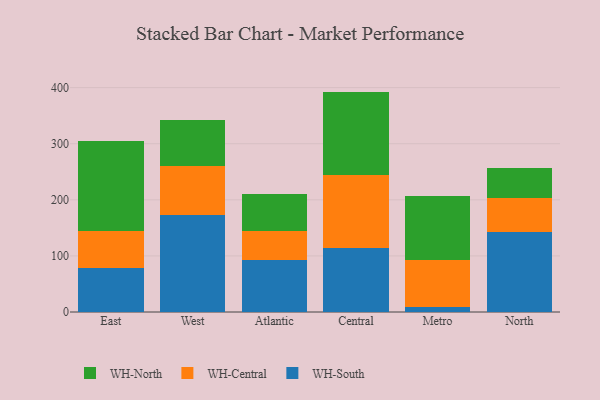
{"axis": {"x": "Region", "y": "Inventory Turnover"}, "legend": ["WH-Central", "WH-North", "WH-South"], "data": [{"x": "East", "y": 79.3, "type": "WH-South"}, {"x": "East", "y": 65.8, "type": "WH-Central"}, {"x": "East", "y": 159.8, "type": "WH-North"}, {"x": "West", "y": 172.4, "type": "WH-South"}, {"x": "West", "y": 88.5, "type": "WH-Central"}, {"x": "West", "y": 80.9, "type": "WH-North"}, {"x": "Atlantic", "y": 92.2, "type": "WH-South"}, {"x": "Atlantic", "y": 52.9, "type": "WH-Central"}, {"x": "Atlantic", "y": 65.7, "type": "WH-North"}, {"x": "Central", "y": 113.8, "type": "WH-South"}, {"x": "Central", "y": 131.1, "type": "WH-Central"}, {"x": "Central", "y": 148.0, "type": "WH-North"}, {"x": "Metro", "y": 9.8, "type": "WH-South"}, {"x": "Metro", "y": 82.3, "type": "WH-Central"}, {"x": "Metro", "y": 114.4, "type": "WH-North"}, {"x": "North", "y": 143.4, "type": "WH-South"}, {"x": "North", "y": 59.4, "type": "WH-Central"}, {"x": "North", "y": 53.9, "type": "WH-North"}]}